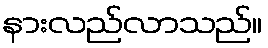
နားလည်လာသည်။